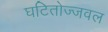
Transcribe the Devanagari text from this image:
घटितोज्जवल